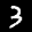
Label: 3